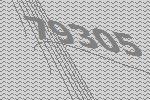
79305